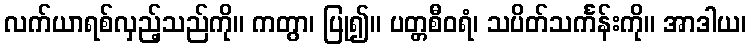
လက်ယာရစ်လှည့်သည်ကို။ ကတွာ၊ ပြု၍။ ပတ္တစီဝရံ၊ သပိတ်သင်္ကန်းကို။ အာဒါယ၊